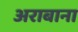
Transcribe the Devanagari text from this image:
अराबाना